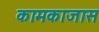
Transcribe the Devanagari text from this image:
कामकाजास